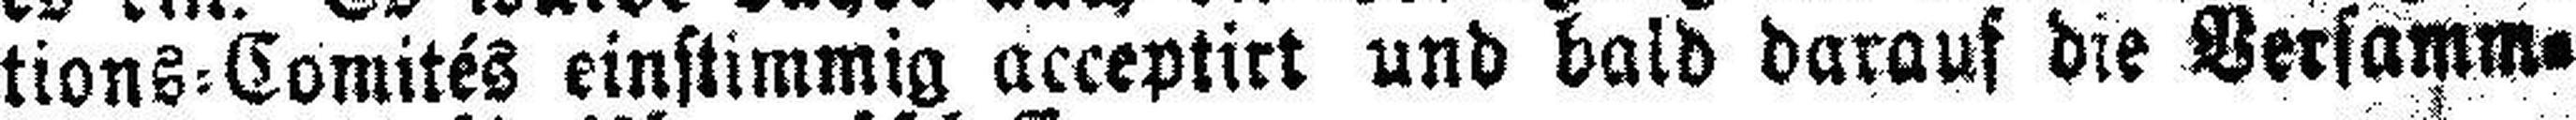
tions=Comités einstimmig acceptirt und bald darauf die Versamm¬